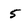
Character: 5